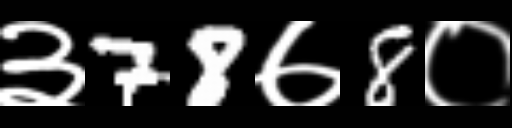
Text: ३78७8०